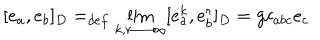
[ e _ { a } , e _ { b } ] _ { D } = _ { d e f } \lim _ { k , r \longrightarrow \infty } [ e _ { a } ^ { k } , e _ { b } ^ { r } ] _ { D } = g c _ { a b c } e _ { c }